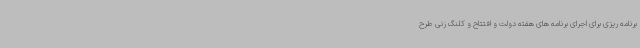
برنامه ریزی برای اجرای برنامه های هفته دولت و افتتاح و کلنگ زنی طرح